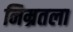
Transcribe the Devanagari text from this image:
निम्रतला